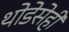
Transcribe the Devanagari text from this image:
थोडेसेही